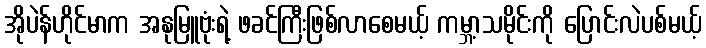
အိုပဲန်ဟိုင်မာက အနုမြူဗုံးရဲ့ ဖခင်ကြီးဖြစ်လာစေမယ့် ကမ္ဘာ့သမိုင်းကို ပြောင်းလဲပစ်မယ့်